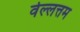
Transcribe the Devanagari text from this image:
वेल्लत्तम